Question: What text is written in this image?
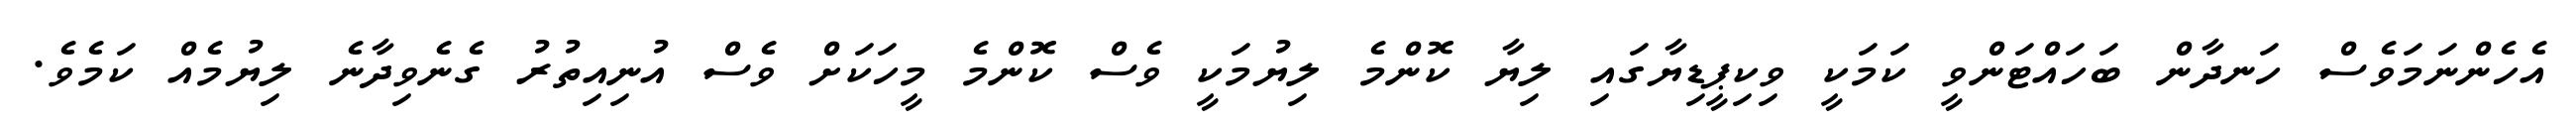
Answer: އެހެންނަމަވެސް ހަނދާން ބަހައްޓަންވީ ކަމަކީ ވިކިޕީޑިޔާގައި ލިޔާ ކޮންމެ ލިޔުމަކީ ވެސް ކޮންމެ މީހަކަށް ވެސް އުނިއިތުރު ގެނެވިދާނެ ލިޔުމެއް ކަމެވެ.